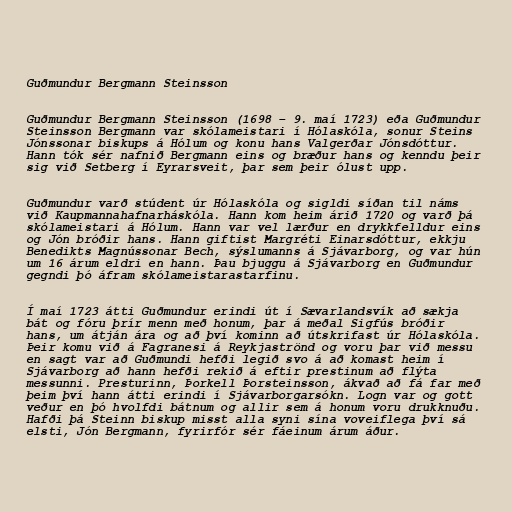
Guðmundur Bergmann Steinsson

Guðmundur Bergmann Steinsson (1698 – 9. maí 1723) eða Guðmundur
Steinsson Bergmann var skólameistari í Hólaskóla, sonur Steins
Jónssonar biskups á Hólum og konu hans Valgerðar Jónsdóttur.
Hann tók sér nafnið Bergmann eins og bræður hans og kenndu þeir
sig við Setberg í Eyrarsveit, þar sem þeir ólust upp.

Guðmundur varð stúdent úr Hólaskóla og sigldi síðan til náms
við Kaupmannahafnarháskóla. Hann kom heim árið 1720 og varð þá
skólameistari á Hólum. Hann var vel lærður en drykkfelldur eins
og Jón bróðir hans. Hann giftist Margréti Einarsdóttur, ekkju
Benedikts Magnússonar Bech, sýslumanns á Sjávarborg, og var hún
um 16 árum eldri en hann. Þau bjuggu á Sjávarborg en Guðmundur
gegndi þó áfram skólameistarastarfinu.

Í maí 1723 átti Guðmundur erindi út í Sævarlandsvík að sækja
bát og fóru þrír menn með honum, þar á meðal Sigfús bróðir
hans, um átján ára og að því kominn að útskrifast úr Hólaskóla.
Þeir komu við á Fagranesi á Reykjaströnd og voru þar við messu
en sagt var að Guðmundi hefði legið svo á að komast heim í
Sjávarborg að hann hefði rekið á eftir prestinum að flýta
messunni. Presturinn, Þorkell Þorsteinsson, ákvað að fá far með
þeim því hann átti erindi í Sjávarborgarsókn. Logn var og gott
veður en þó hvolfdi bátnum og allir sem á honum voru drukknuðu.
Hafði þá Steinn biskup misst alla syni sína voveiflega því sá
elsti, Jón Bergmann, fyrirfór sér fáeinum árum áður.